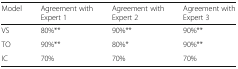
<table><thead><tr><td><b>Model</b></td><td><b>Agreement with Expert 1</b></td><td><b>Agreement with Expert 2</b></td><td><b>Agreement with Expert 3</b></td></tr></thead><tbody><tr><td>VS</td><td>80%**</td><td>90%**</td><td>90%**</td></tr><tr><td>TO</td><td>90%**</td><td>80%*</td><td>90%**</td></tr><tr><td>IC</td><td>70%</td><td>70%</td><td>70%</td></tr></tbody></table>